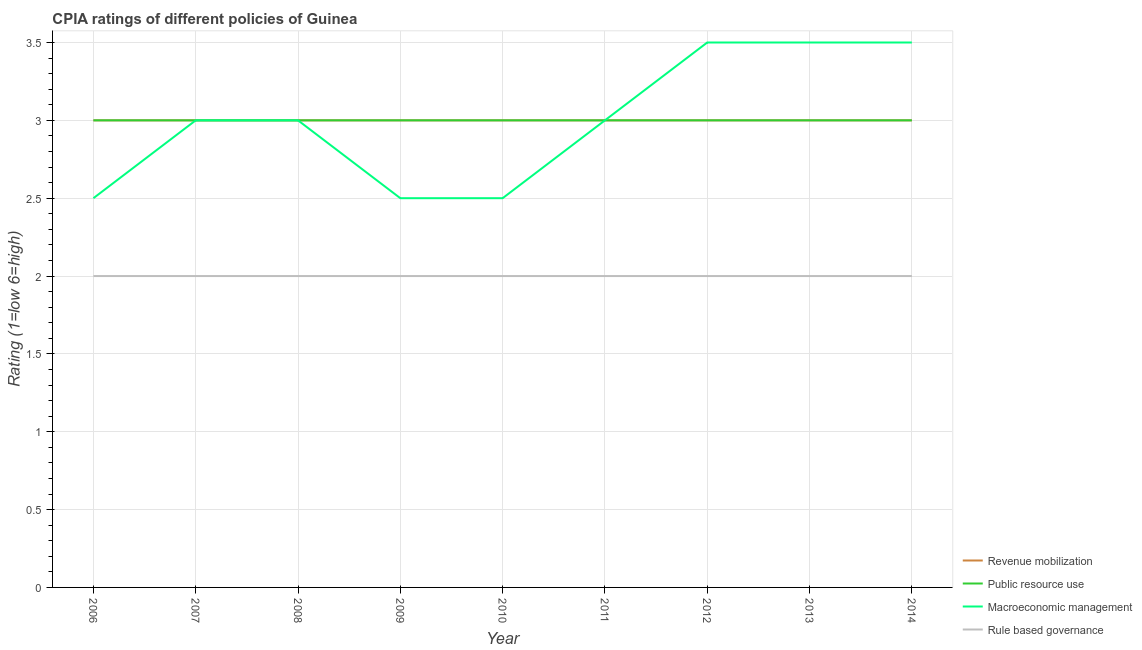
| Year | Revenue mobilization | Public resource use | Macroeconomic management | Rule based governance |
 | --- | --- | --- | --- | --- |
 | 2006 | 3 | 3 | 2.5 | 2 |
 | 2007 | 3 | 3 | 3 | 2 |
 | 2008 | 3 | 3 | 3 | 2 |
 | 2009 | 3 | 3 | 2.5 | 2 |
 | 2010 | 3 | 3 | 2.5 | 2 |
 | 2011 | 3 | 3 | 3 | 2 |
 | 2012 | 3 | 3 | 3.5 | 2 |
 | 2013 | 3 | 3 | 3.5 | 2 |
 | 2014 | 3 | 3 | 3.5 | 2 |